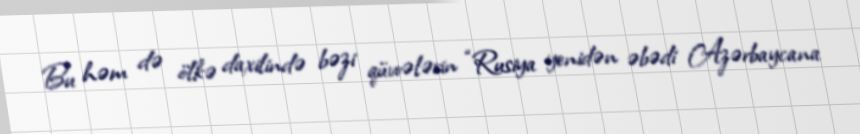
Bu həm də ölkə daxilində bəzi qüvvələrin “Rusiya yenidən əbədi Azərbaycana